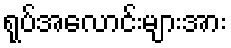
ရုပ်အလောင်းများအား